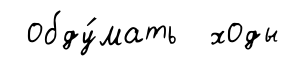
обду́мать ходы